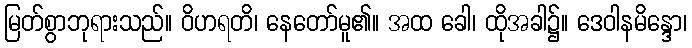
မြတ်စွာဘုရားသည်။ ဝိဟရတိ၊ နေတော်မူ၏။ အထ ခေါ၊ ထိုအခါ၌။ ဒေဝါနမိန္ဒော၊